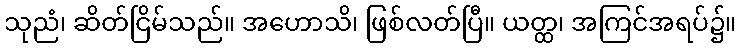
သုညံ၊ ဆိတ်ငြိမ်သည်။ အဟောသိ၊ ဖြစ်လတ်ပြီ။ ယတ္ထ၊ အကြင်အရပ်၌။